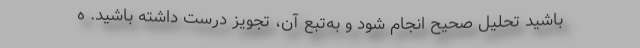
باشید تحلیل صحیح انجام شود و به‌تبع آن، تجویز درست داشته باشید. ه